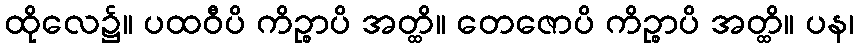
ထိုလေ၌။ ပထဝီပိ ကိဉ္စာပိ အတ္ထိ။ တေဇောပိ ကိဉ္စာပိ အတ္ထိ။ ပန၊